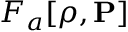
F _ { a } [ \rho , { \bf P } ]